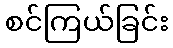
စင်ကြယ်ခြင်း